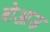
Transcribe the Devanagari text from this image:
बोआज